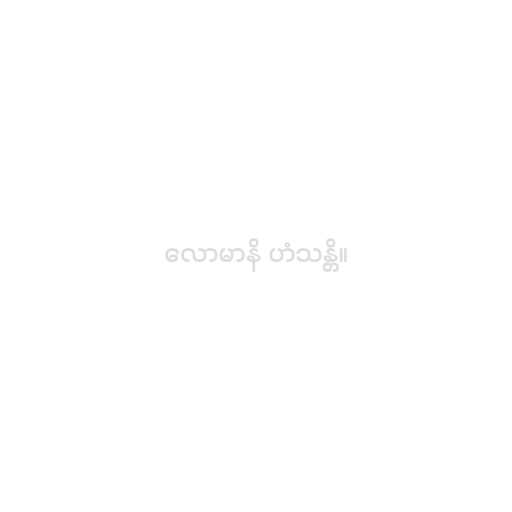
လောမာနိ ဟံသန္တိ။